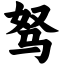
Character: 驽